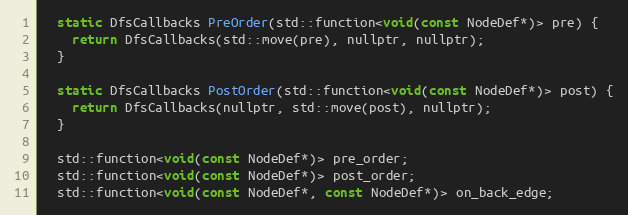
Language: C
  static DfsCallbacks PreOrder(std::function<void(const NodeDef*)> pre) {
    return DfsCallbacks(std::move(pre), nullptr, nullptr);
  }

  static DfsCallbacks PostOrder(std::function<void(const NodeDef*)> post) {
    return DfsCallbacks(nullptr, std::move(post), nullptr);
  }

  std::function<void(const NodeDef*)> pre_order;
  std::function<void(const NodeDef*)> post_order;
  std::function<void(const NodeDef*, const NodeDef*)> on_back_edge;